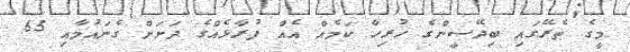
މީގެ ތެރޭގައި ބިދޭސީންގެ ހުރިހާ ކަމެއް އެއް ފުރާޅެއްގެ ދަށަށް ގެނައުމާއި 65